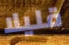
قليلا